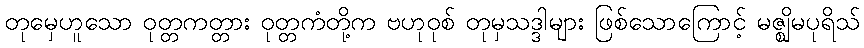
တုမှေဟူသော ဝုတ္တကတ္တား ဝုတ္တကံတို့က ဗဟုဝုစ် တုမှသဒ္ဒါများ ဖြစ်သောကြောင့် မဇ္ဈိမပုရိသ်